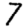
Digit: 7